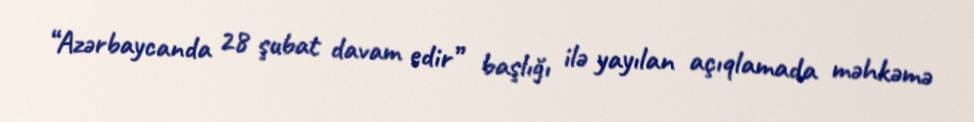
“Azərbaycanda 28 şubat davam edir” başlığı ilə yayılan açıqlamada məhkəmə